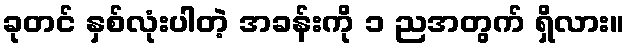
ခုတင် နှစ်လုံးပါတဲ့ အခန်းကို ၁ ညအတွက် ရှိလား။